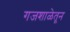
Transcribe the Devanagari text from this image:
गजशाळेतून